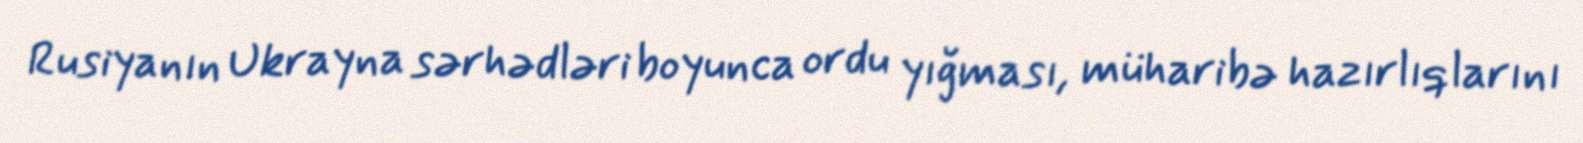
Rusiyanın Ukrayna sərhədləri boyunca ordu yığması, müharibə hazırlıqlarını